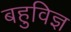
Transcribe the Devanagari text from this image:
बहुविज्ञ